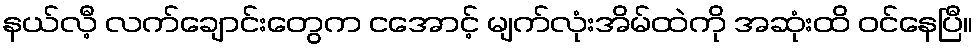
နယ်လီ့ လက်ချောင်းတွေက ငအောင့် မျက်လုံးအိမ်ထဲကို အဆုံးထိ ဝင်နေပြီ။